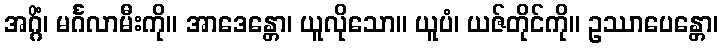
အဂ္ဂိံ၊ မင်္ဂလာမီးကို။ အာဒေန္တော၊ ယူလိုသော။ ယူပံ၊ ယဇ်တိုင်ကို။ ဥဿာပေန္တော၊